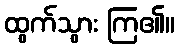
ထွက်သွား ကြ၏။